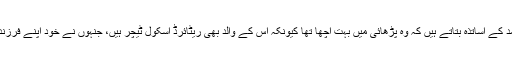
خاور نوید ولد فضل اَحمد کے اساتذہ بتاتے ہیں کہ وہ پڑھائی میں بہت اچھا تھا کیونکہ اس کے والد بھی ریٹائرڈ اسکول ٹیچر ہیں، جنہوں نے خود اپنے فرزند پر بہت توجہ دی تھی۔